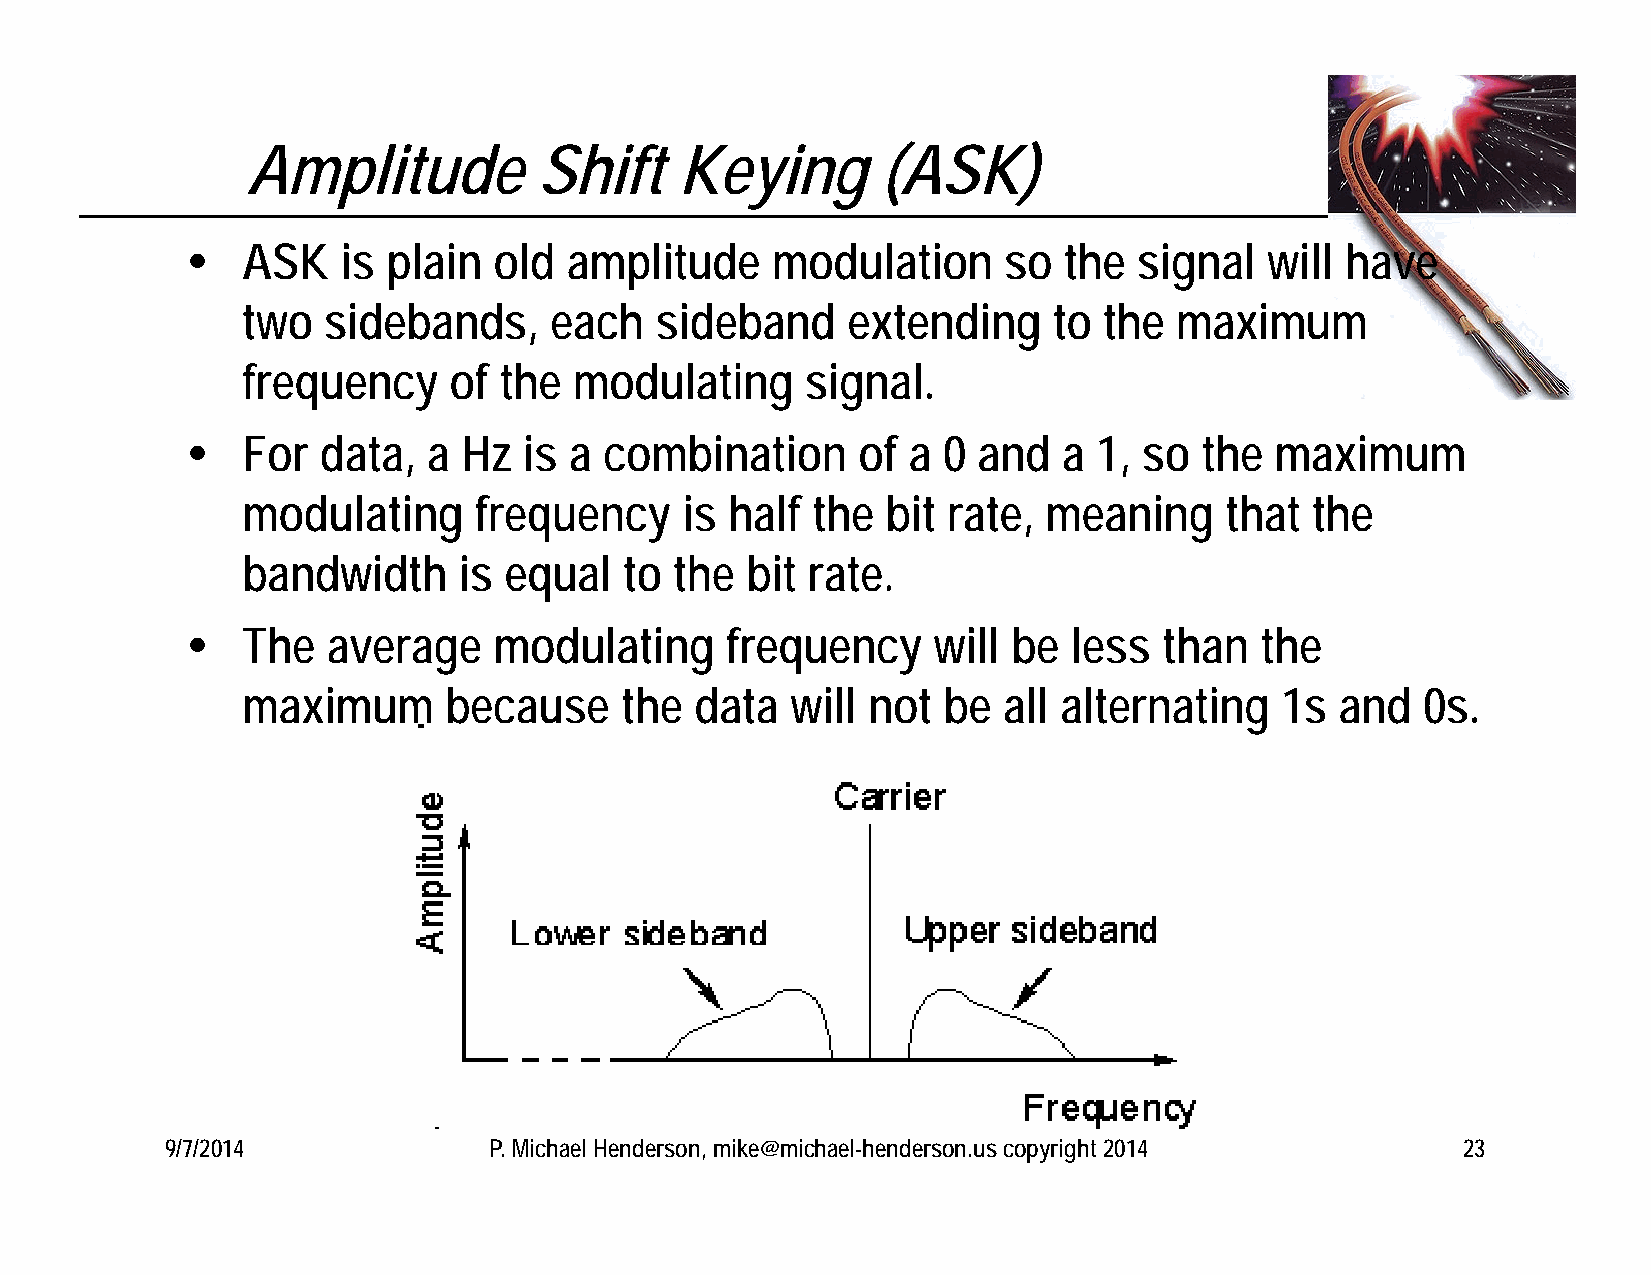
Amplitude           Shift    Keying       (ASK)
    ASK    is plain  old  amplitude    modulation     so  the  signal   will have
 two  sidebands,     each   sideband     extending     to the  maximum
 frequency     of the  modulating     signal.
    For  data,  a  Hz  is a combination      of a 0  and  a  1, so  the maximum
 modulating     frequency     is half  the  bit rate, meaning     that  the
 bandwidth     is equal   to  the bit rate.
    The   average    modulating     frequency     will be  less  than  the
 maximum      because     the  data  will not  be  all alternating    1s  and  0s.
 9/7/2014             P. Michael Henderson, mike@michael-henderson.us copyright 2014   23